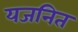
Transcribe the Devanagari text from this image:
यजनित